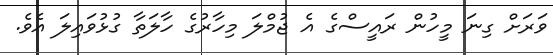
ވަރަށް ގިނަ މީހުން ރައީސްގެ އެ ޖުމްލަ މިހާރުގެ ހާލަތާ ގުޅުވައިލަ އެވެ.